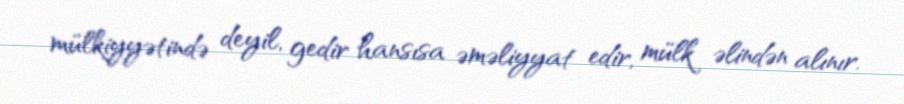
mülkiyyətində deyil, gedir hansısa əməliyyat edir, mülk əlindən alınır.